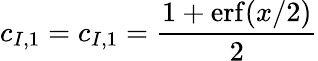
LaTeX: c_{I,1}=c_{I,1}=\frac{1+\mathrm{erf}(x/2)}{2}